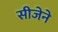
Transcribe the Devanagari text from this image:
सीजेने